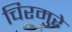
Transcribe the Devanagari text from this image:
चिरमुरे